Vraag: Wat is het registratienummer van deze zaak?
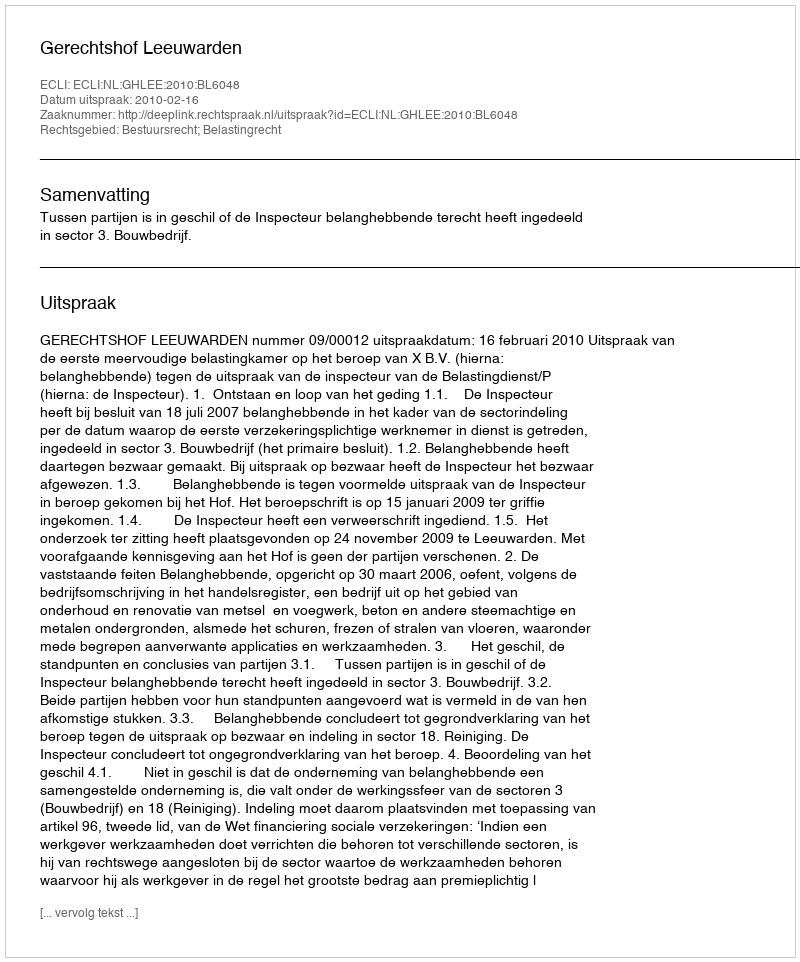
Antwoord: http://deeplink.rechtspraak.nl/uitspraak?id=ECLI:NL:GHLEE:2010:BL6048